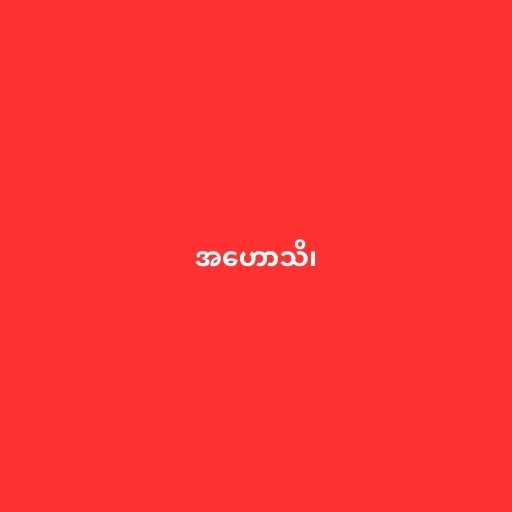
အဟောသိ၊